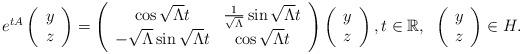
LaTeX: \begin{align*}e^{tA}\left(\begin{array}[c]{c}y\\z\end{array}\right) =\left(\begin{array}[c]{cc}\cos\sqrt{\Lambda}t & \frac{1}{\sqrt{\Lambda}}\sin\sqrt{\Lambda}t\\-\sqrt{\Lambda}\sin\sqrt{\Lambda}t & \cos\sqrt{\Lambda}t\end{array}\right) \left(\begin{array}[c]{c}y\\z\end{array}\right) ,t\in\mathbb{R},\;\; \left(\begin{array}[c]{c}y\\z\end{array}\right) \in H.\end{align*}